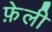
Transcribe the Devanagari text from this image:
फ़ेली